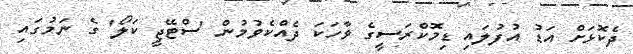
ދެކޮޅަށް އަޑު އުފުލައި ޑިމޮކްރަސީގެ ވާހަކަ ދެއްކެވުމުން 'ސްޓޭޖީ ކަލޯ' ގެ ނަމުގައި